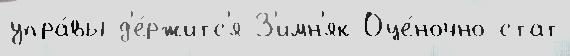
упра́вы д'е́ржитс'я З'имн'як Оце́ночно-стат